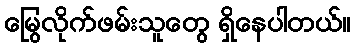
မြွေလိုက်ဖမ်းသူတွေ ရှိနေပါတယ်။